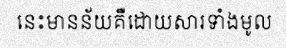
នេះមានន័យគឺដោយសារទាំងមូល